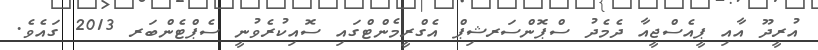
އުރީދޫ އާއި ޕީއެސްޖީއާ ދެމެދު ސްޕޮންސަރޝިޕް އެގްރީމެންޓްގައި ސޮއިކުރެވުނީ ސެޕްޓެންބަރ 2013 ގައެވެ.